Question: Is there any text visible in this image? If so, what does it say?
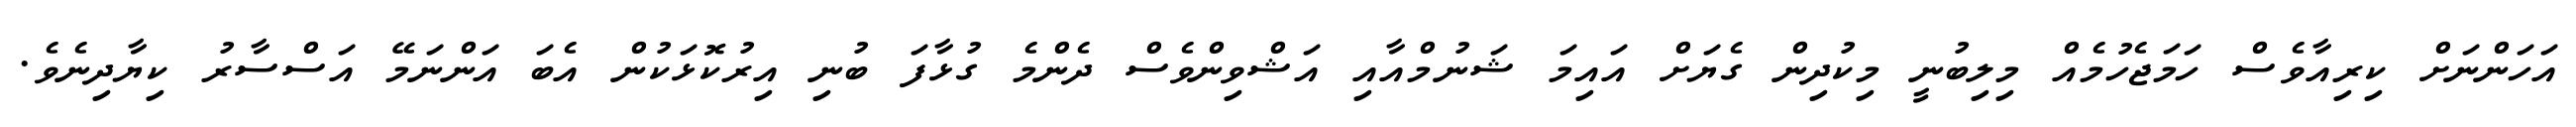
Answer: އަހަންނަށް ކިރިއާވެސް ހަމަޖެހުމެއް މިލިބުނީ މިކުދިން ގެޔަށް އައިމަ ޝަނުމްއާއި އަޝްވިންވެސް ދެންމެ ގުޅާފަ ބުނި އިރުކޮޅަކުން އެބަ އަންނަމޭ އަސްސާރު ކިޔާދިނެވެ.